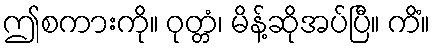
ဤစကားကို။ ဝုတ္တံ၊ မိန့်ဆိုအပ်ပြီ။ ကိံ။